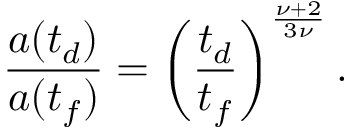
\frac { a ( t _ { d } ) } { a ( t _ { f } ) } = \left( \frac { t _ { d } } { t _ { f } } \right) ^ { \frac { \nu + 2 } { 3 \nu } } .